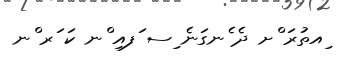
ިއތުރަ ްށ ދެ ެނގަނެ ިސ ަފއި ްނ ކަ ަރ ްނ